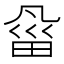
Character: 𰣇